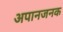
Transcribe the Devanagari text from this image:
अपानजनक